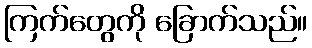
ကြက်တွေကို ခြောက်သည်။